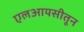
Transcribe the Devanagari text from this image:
एलआयसीतून